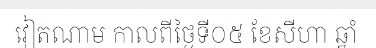
វៀតណាម កាលពីថ្ងៃទី០៥ ខែសីហា ឆ្នាំ